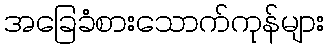
အခြေခံစားသောက်ကုန်များ